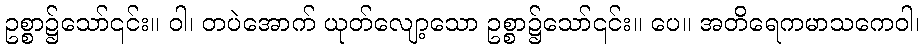
ဥစ္စာ၌သော်၎င်း။ ဝါ၊ တပဲအောက် ယုတ်လျော့သော ဥစ္စာ၌သော်၎င်း။ ပေ။ အတိရေကမာသကေဝါ၊